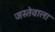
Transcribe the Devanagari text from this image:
जस्तेवाला